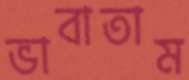
ভাবাতাম